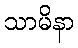
သာမိနာ